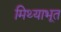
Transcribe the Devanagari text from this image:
मिथ्याभूत